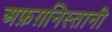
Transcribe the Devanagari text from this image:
अफ़ग़निस्तानी